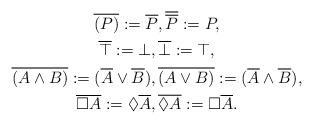
LaTeX: \begin{gather*}\overline{(P)} := \overline{P},\overline{\overline{P}} := P,\\\overline{\top} := \bot,\overline{\bot} := \top,\\\overline{(A \wedge B)} := (\overline{A} \vee \overline{B}),\overline{(A \vee B)} := (\overline{A} \wedge \overline{B}),\\\overline{\Box A} := \Diamond \overline{A},\overline{\Diamond A} := \Box \overline{A}.\end{gather*}